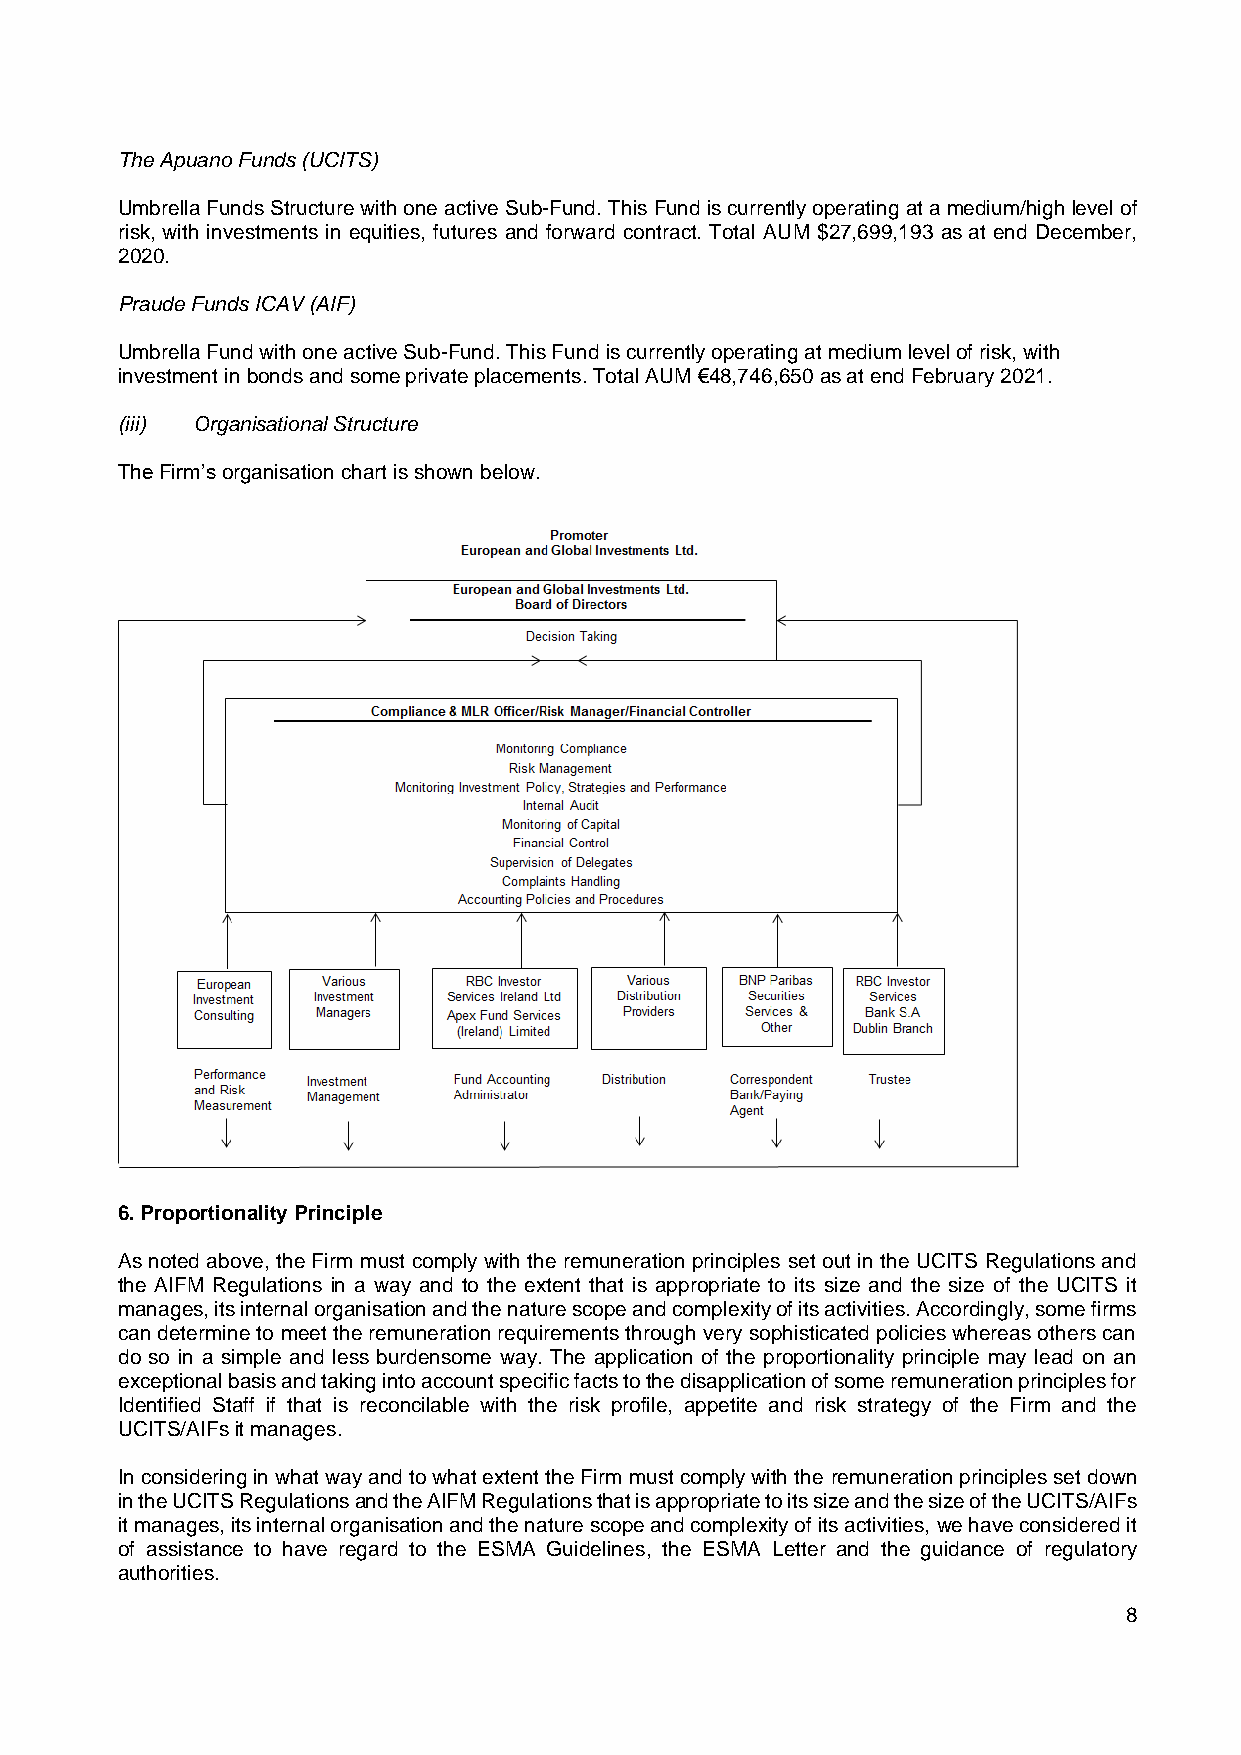
The Apuano Funds (UCITS)
 Umbrella Funds Structure with one active Sub-Fund. This Fund is currently operating at a medium/high level of
 risk, with investments in equities, futures and forward contract. Total AUM $27,699,193 as at end December,
 2020.
 Praude Funds ICAV (AIF)
 Umbrella Fund with one active Sub-Fund. This Fund is currently operating at medium level of risk, with
 investment in bonds and some private placements. Total AUM €48,746,650 as at end February 2021.
 (iii) Organisational Structure
 The Firm’s organisation chart is shown below.
 6. Proportionality Principle
 As noted above, the Firm must comply with the remuneration principles set out in the UCITS Regulations and
 the AIFM Regulations in a way and to the extent that is appropriate to its size and the size of the UCITS it
 manages, its internal organisation and the nature scope and complexity of its activities. Accordingly, some firms
 can determine to meet the remuneration requirements through very sophisticated policies whereas others can
 do so in a simple and less burdensome way. The application of the proportionality principle may lead on an
 exceptional basis and taking into account specific facts to the disapplication of some remuneration principles for
 Identified Staff if that is reconcilable with the risk profile, appetite and risk strategy of the Firm and the
 UCITS/AIFs it manages.
 In considering in what way and to what extent the Firm must comply with the remuneration principles set down
 in the UCITS Regulations and the AIFM Regulations that is appropriate to its size and the size of the UCITS/AIFs
 it manages, its internal organisation and the nature scope and complexity of its activities, we have considered it
 of assistance to have regard to the ESMA Guidelines, the ESMA Letter and the guidance of regulatory
 authorities.
 8